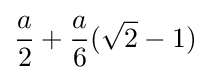
{a \over 2}+{a \over 6}({\sqrt {2}}-1)